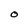
Character: O